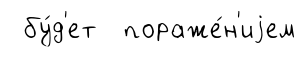
бу́д'ет пораже́н'иjем